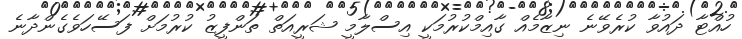
ހުއްޓާ ދައުވާ ކުރެވޭނެ ނިޒާމެއް ގާއިމްކުރުމަކީ އިސްލާމީ ޝަރީއަތް ތަންފީޒު ކުރުމަށް ފަސޭހަވެގެންދާނެ